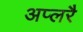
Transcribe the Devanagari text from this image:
अप्लरै